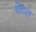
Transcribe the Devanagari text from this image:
येव्स